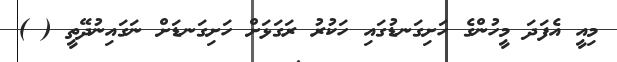
މިއީ އެފަދަ މީހުންގެ ހަށިގަނޑުގައި ހަކުރު ރަގަޅަށް ހަށިގަނޑަށް ނަގައިނުދޭތީ ( )